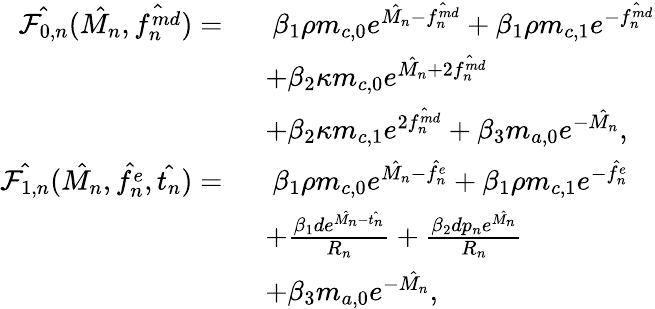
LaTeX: \begin{array}{rl}{\hat{\mathcal{F}_{0,n}}(\hat{M_{n}},\hat{f_{n}^{md}})=\ }&{\ \beta_{1}\rho m_{c,0}e^{\hat{M_{n}}-\hat{f_{n}^{md}}}+\beta_{1}\rho m_{c,1}e^{-\hat{f_{n}^{md}}}}\\ &{+\beta_{2}\kappa m_{c,0}e^{\hat{M_{n}}+2\hat{f_{n}^{md}}}}\\ &{+\beta_{2}\kappa m_{c,1}e^{2\hat{f_{n}^{md}}}+\beta_{3}m_{a,0}e^{-\hat{M_{n}}},}\\ {\hat{\mathcal{F}_{1,n}}(\hat{M_{n}},\hat{f_{n}^{e}},\hat{t_{n}})=\ }&{\ \beta_{1}\rho m_{c,0}e^{\hat{M_{n}}-\hat{f_{n}^{e}}}+\beta_{1}\rho m_{c,1}e^{-\hat{f_{n}^{e}}}}\\ &{+\frac{\beta_{1}de^{\hat{M_{n}}-\hat{t_{n}}}}{R_{n}}+\frac{\beta_{2}dp_{n}e^{\hat{M_{n}}}}{R_{n}}}\\ &{+\beta_{3}m_{a,0}e^{-\hat{M_{n}}},}\end{array}